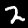
Digit: 2